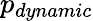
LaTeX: p_{dynamic}